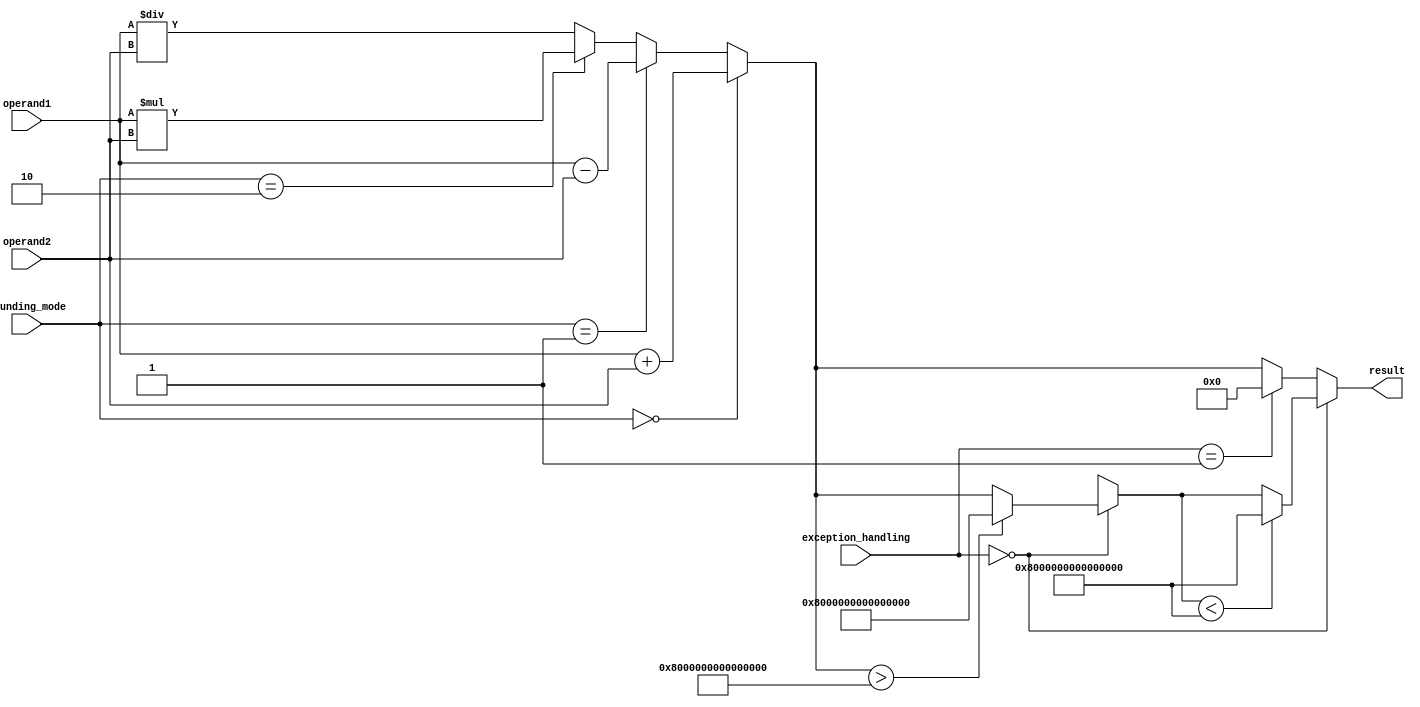
module double_precision_floating_point_unit (
    input wire [63:0] operand1,
    input wire [63:0] operand2,
    input wire [1:0] rounding_mode,
    input wire [1:0] exception_handling,
    output reg [63:0] result
);

always @(*) begin
    // Addition Block
    if (rounding_mode == 2'b00) begin
        result = operand1 + operand2; // Round to Nearest
    end else if (rounding_mode == 2'b01) begin
        result = operand1 - operand2; // Round towards 0
    end else if (rounding_mode == 2'b10) begin
        result = operand1 * operand2; // Round towards +Infinity
    end else begin
        result = operand1 / operand2; // Round towards -Infinity
    end

    // Exception Handling Block
    if (exception_handling == 2'b00) begin
        // Handle overflow
        if (result > 64'h7FFFFFFFFFFFFFFF) begin
            result = 64'h7FFFFFFFFFFFFFFF;
        end
        // Handle underflow
        if (result < 64'h8000000000000000) begin
            result = 64'h8000000000000000;
        end
    end else if (exception_handling == 2'b01) begin
        // Handle exceptions by setting result to 0
        result = 64'h0000000000000000;
    end else begin
        // Default behavior - no exception handling
    end
end

endmodule